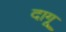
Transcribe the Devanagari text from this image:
दागू